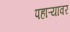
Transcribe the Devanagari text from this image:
पहाऱ्यावर